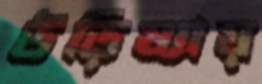
উড়িষ্যায়